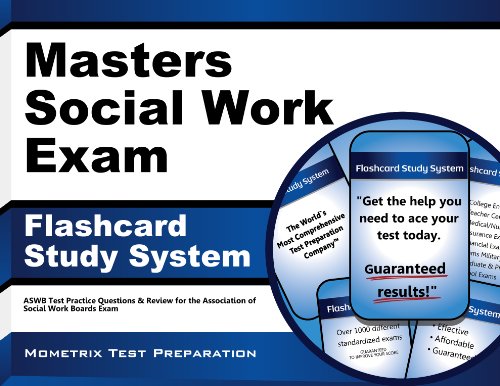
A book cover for Masters Social Work Exam Flashcard Study System: ASWB Test Practice Questions & Review for the Association of Social Work Boards Exam (Cards); Social Work Exam Secrets Test Prep Team; Test Preparation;